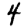
Digit: 4